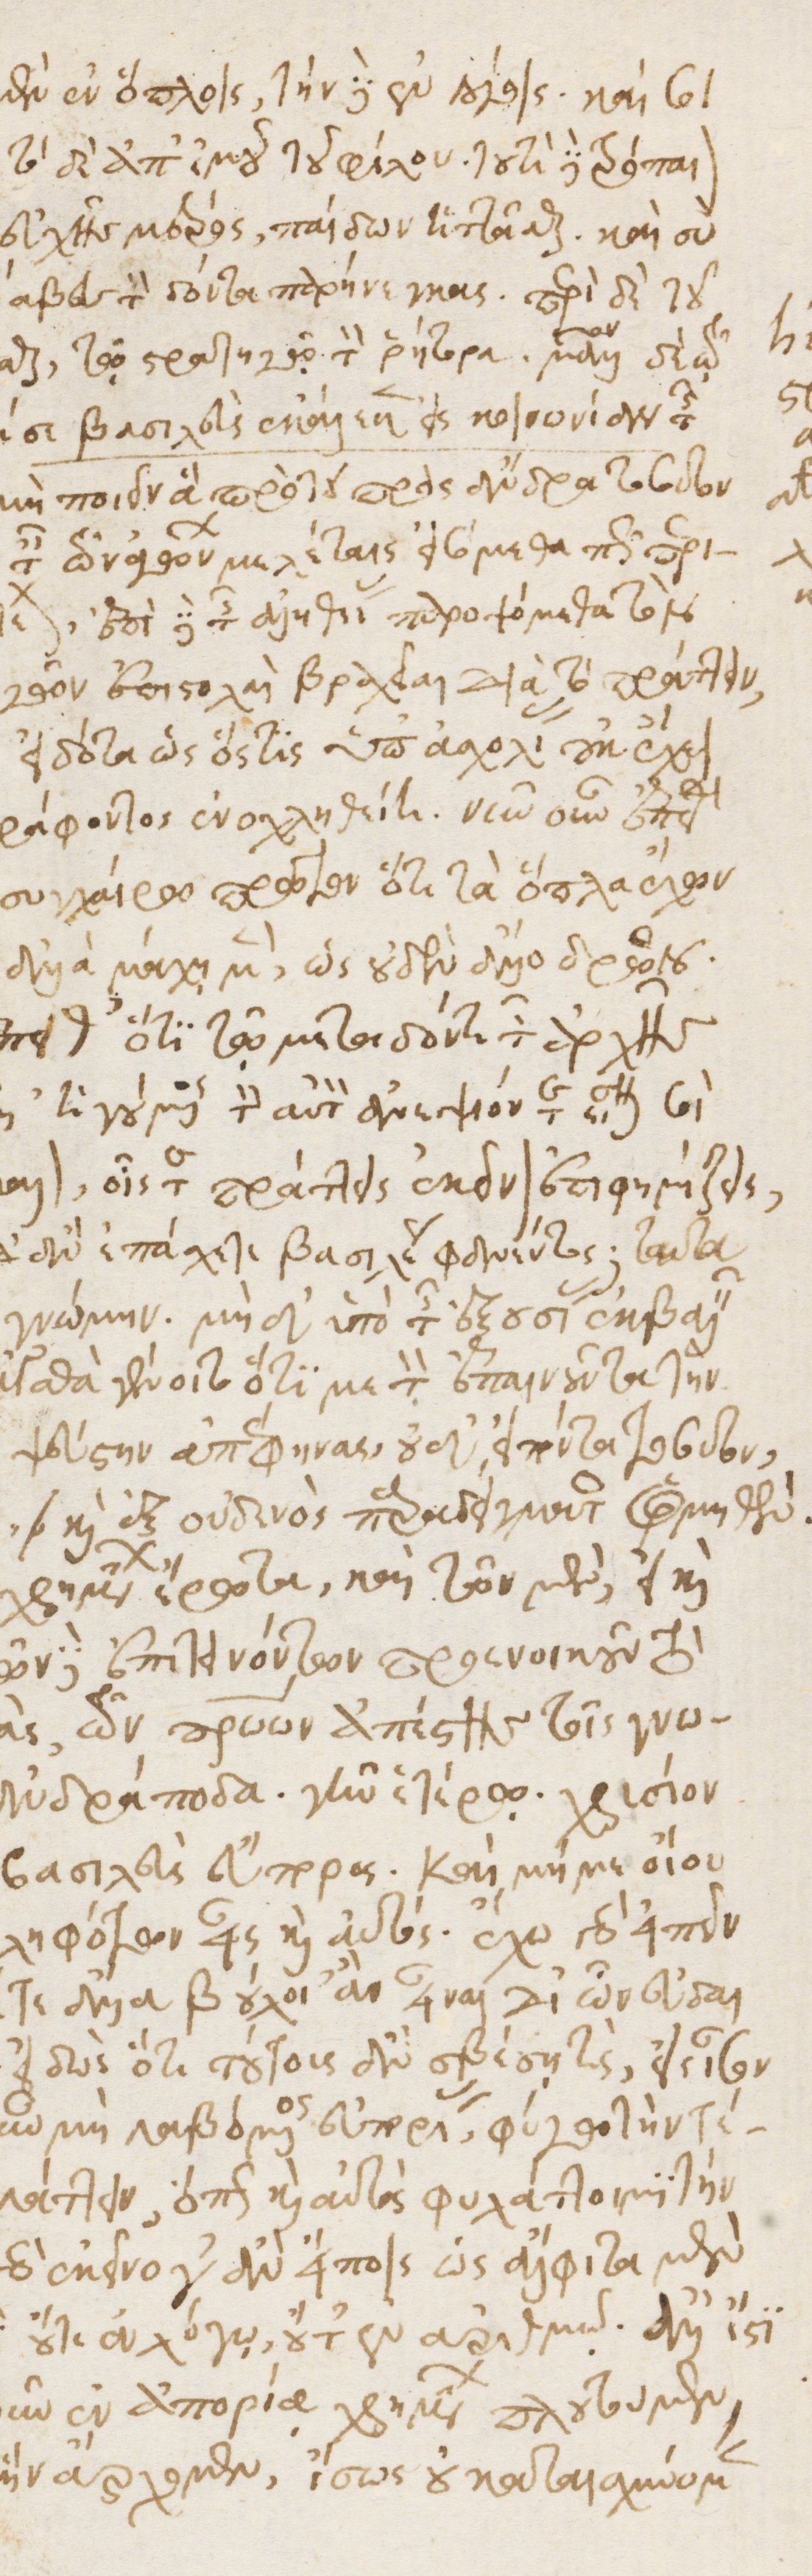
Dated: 1535–1575